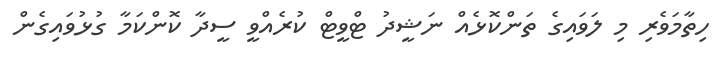
ހިތާމަވެރި މި ލަވައިގެ ތަންކޮޅެއް ނަޝީދު ޓްވީޓް ކުރެއްވީ ސީދާ ކޮންކަމާ ގުޅުވައިގެން